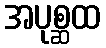
အပုစ္ဆထ